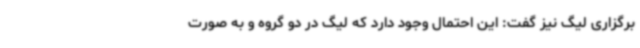
برگزاری لیگ نیز گفت: این احتمال وجود دارد که لیگ در دو گروه و به صورت